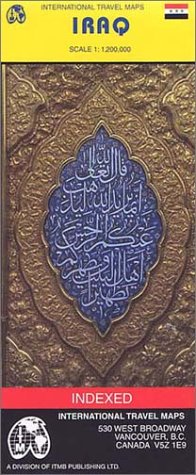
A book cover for Iraq Road Map by ITMB (Travel Reference Map); International Travel Maps; Travel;